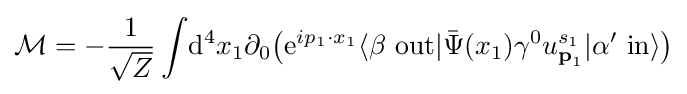
{\mathcal {M}}=-{\frac {1}{\sqrt {Z}}}\int \!\mathrm {d} ^{4}x_{1}\partial _{0}{\big (}\mathrm {e} ^{ip_{1}\cdot x_{1}}\langle \beta \ \mathrm {out} |{\bar {\Psi }}(x_{1})\gamma ^{0}u_{{\textbf {p}}_{1}}^{s_{1}}|\alpha '\ \mathrm {in} \rangle {\big )}